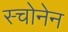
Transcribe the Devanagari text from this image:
स्चोनेन